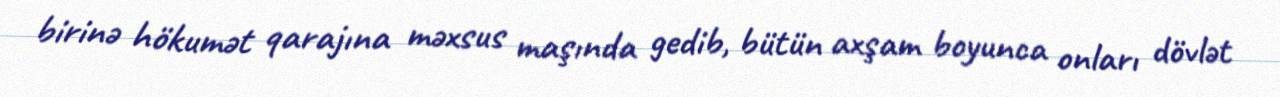
birinə hökumət qarajına məxsus maşında gedib, bütün axşam boyunca onları dövlət